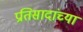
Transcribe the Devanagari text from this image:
प्रतिसादांच्या